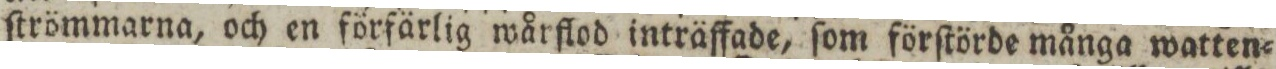
ſtrömmarna, och en förfärlig wårflod inträffade, ſom förſtörde många watten=